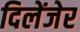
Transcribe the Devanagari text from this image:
दिलेंजेर